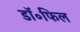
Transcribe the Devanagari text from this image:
डॉ॰फिल